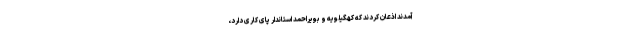
آمدند اذعان کردند که کهگیلویه و بویراحمد استاندار پای کاری دارد،